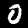
Digit: 0